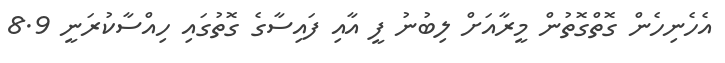
އެހެނިހެން ގޮތްގޮތުން މީރާއަށް ލިބުނު ފީ އާއި ފައިސާގެ ގޮތުގައި ހިއްސާކުރަނީ 8.9